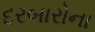
દરબારોના